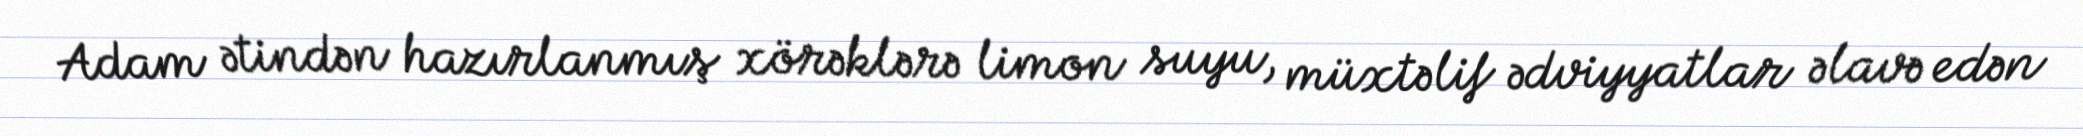
Adam ətindən hazırlanmış xörəklərə limon suyu, müxtəlif ədviyyatlar əlavə edən